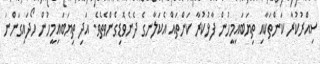
ސިއްރުކުރާ ކަންތަކާއި ތިޔަބައިމީހުން ފާޅުކުރާ ކަންތައް އެކަލާނގެ ދެނެވޮޑިގެންވެތެވެ. އަދި ތިޔަބައިމީހުން ހޯދައިގަންނަ